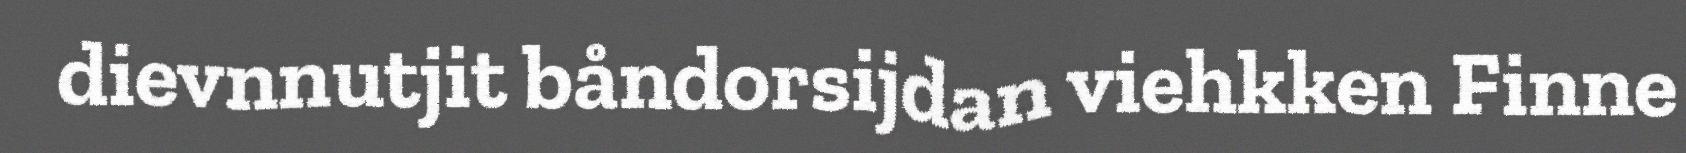
dievnnutjit båndorsijdan viehkken Finne